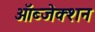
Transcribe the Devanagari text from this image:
ऑब्जेक्शन